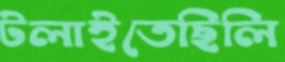
টলাইতেছিলি